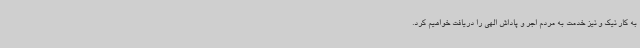
به کار نیک و نیز خدمت به مردم اجر و پاداش الهی را دریافت خواهیم کرد.